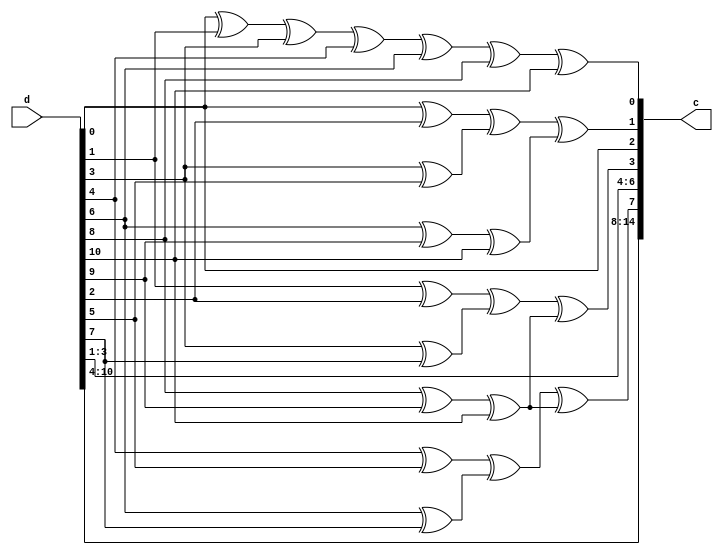
/**
 * This is written by Zhiyang Ong 
 * for EE577b Extra Credit Homework , Question 2
 *
 * Behavioral model for the Hamming encoder
 */
module ham_15_11_encoder (d,c);
	// Output signals representing the 15-bit encoded vector
	output reg [14:0] c;
	
	
	// Input signals representing the 11-bit input
	input [10:0] d;
	
	
	// Declare "reg" signals...
	// Parity bits for Hamming encoding
	reg [3:0] p;
	
	// Declare "wire" signals...
	// Defining constants: parameter [name_of_constant] = value;
	
	
	always @(*)
	begin
	
		// Determine for each parity bit, what data bits is it made of
		//p[0]=((d[0]^d[1])^(d[3]^d[4]))^((d[6]^d[8])^d[10]);
		p[0]=d[0]^d[1]^d[3]^d[4]^d[6]^d[8]^d[10];

//	assign p[0]=d[0];
	//p{0}=d{0};
	//p(0)=d(0);
		p[1]=((d[0]^d[2])^(d[3]^d[5]))^((d[6]^d[9])^d[10]);
		p[2]=((d[1]^d[2])^(d[3]^d[7]))^((d[8]^d[9])^d[10]);
		p[3]=((d[4]^d[5])^(d[6]^d[7]))^((d[8]^d[9])^d[10]);
		
		
	
		// Assign the encoded signal bits to data bits...
		c[2]=d[0];
		c[4]=d[1];
		c[5]=d[2];
		c[6]=d[3];
		c[8]=d[4];
		c[9]=d[5];
		c[10]=d[6];
		c[11]=d[7];
		c[12]=d[8];
		c[13]=d[9];
		c[14]=d[10];
		
	
		// Introduce parity bits to encode signal values
		c[0]=p[0];
		c[1]=p[1];
		c[3]=p[2];
		c[7]=p[3];
	end
	
	
endmodule